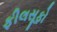
ફીલસૂફો